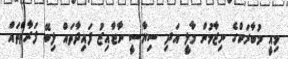
މިއީ މުބާރަކްގެ ނިޒާމުން މާލީ އަދި ސިޔާސީ ނާޖާއިޒު ފައިދާތައް ލިބޭ ފަރާތްތައް